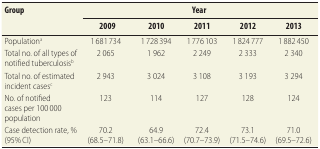
<table><thead><tr><td rowspan="2"><b>Group</b></td><td colspan="5"><b>Year</b></td></tr><tr><td><b>2009</b></td><td><b>2010</b></td><td><b>2011</b></td><td><b>2012</b></td><td><b>2013</b></td></tr></thead><tbody><tr><td>Population<sup>a</sup></td><td>1 681 734</td><td>1 728 394</td><td>1 776 103</td><td>1 824 777</td><td>1 882 450</td></tr><tr><td>Total no. of all types of notified tuberculosis<sup>b</sup></td><td>2 065</td><td>1 962</td><td>2 249</td><td>2 333</td><td>2 340</td></tr><tr><td>Total no. of estimated incident cases<sup>c</sup></td><td>2 943</td><td>3 024</td><td>3 108</td><td>3 193</td><td>3 294</td></tr><tr><td>No. of notified cases per 100 000 population</td><td>123</td><td>114</td><td>127</td><td>128</td><td>124</td></tr><tr><td>Case detection rate, % (95% CI)</td><td>70.2 (68.5–71.8)</td><td>64.9 (63.1–66.6)</td><td>72.4 (70.7–73.9)</td><td>73.1 (71.5–74.6)</td><td>71.0 (69.5–72.6)</td></tr></tbody></table>